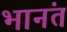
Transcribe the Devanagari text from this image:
भानंत